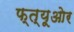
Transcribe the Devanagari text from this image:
फ्त्यूओर